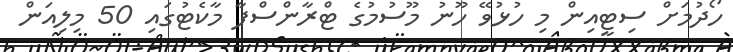
ހޯދުމަށް ސިޓީއިން މި ހުޅުވޭ ހޫނު މޫސުމުގެ ޓްރާންސްފާ މާކެޓުގައި 50 މިލިއަން